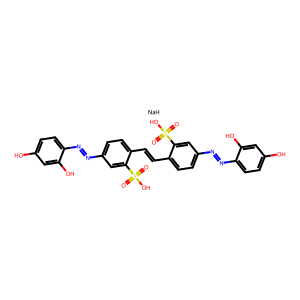
SMILES: O=S(=O)(O)c1cc(N=Nc2ccc(O)cc2O)ccc1C=Cc1ccc(N=Nc2ccc(O)cc2O)cc1S(=O)(=O)O.[NaH]
Inhibits HIV replication: Yes